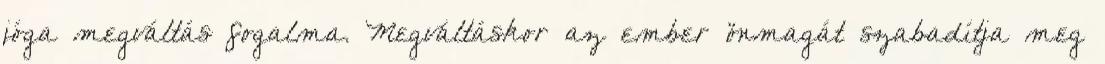
jóga megváltás fogalma. Megváltáskor az ember önmagát szabadítja meg